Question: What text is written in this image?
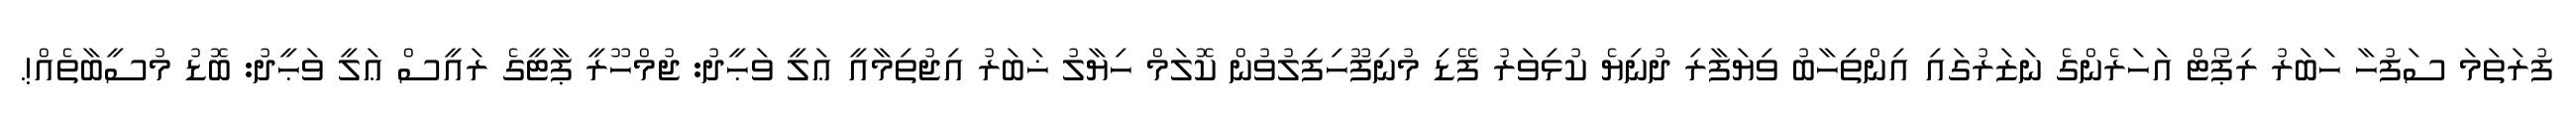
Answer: ފުރަތަމަ ސަފުހާ ހަބަރު ރިޕޯޓް އަހަރެންގެ ނަޒަރުގައި އިންތިހާބު ވިޔަފާރި ދުނިޔެ ކުޅިވަރު ފޭޑި މުނިފޫހިފިލުވުން ކޮލަމް ހިޔާލު ޚަބަރު އިޖުތިމާއީ ޢަލީ ވަޙީދު: ޖުމްހޫރީ ޕާޓީގެ ރައީސް ޢަލީ ވަޙީދު: ބޮޑު މުސީބާތެއް!.